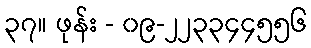
၃၇။ ဖုန်း - ၀၉-၂၂၃၃၄၄၅၅၆